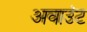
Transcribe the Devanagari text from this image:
अवाउंट